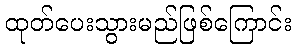
ထုတ်ပေးသွားမည်ဖြစ်ကြောင်း